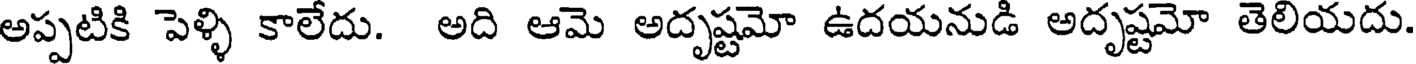
అప్పటికి పెళ్ళి కాలేదు. అది ఆమె అదృష్టమో ఉదయనుడి అదృష్టమో తెలియదు